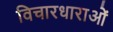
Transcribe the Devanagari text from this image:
विचारधाराओंं